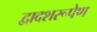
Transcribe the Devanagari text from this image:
द्वादशरूपेण